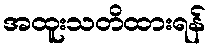
အထူးသတိထားရန်